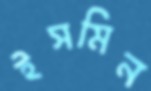
ইসমিন